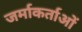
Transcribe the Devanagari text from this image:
जर्माकर्ताओं